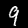
Label: 9